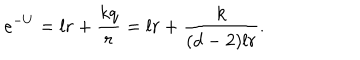
e ^ { - U } = l r + \frac { k q } { r } = l r + \frac { k } { ( d - 2 ) l r } .